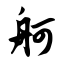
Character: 舸